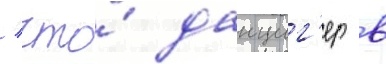
/ что́ данциг'ер в